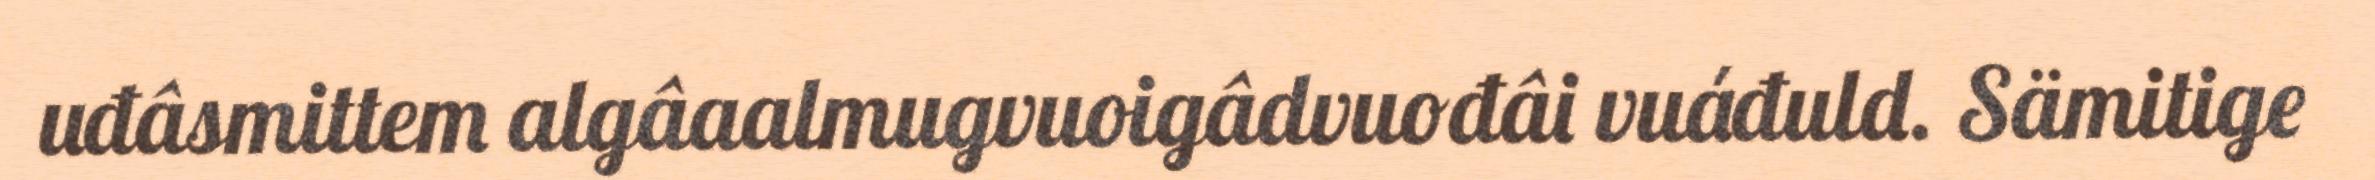
uđâsmittem algâaalmugvuoigâdvuođâi vuáđuld. Sämitige